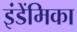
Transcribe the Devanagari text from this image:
इंडेंमिका